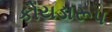
કોયડારૂપ